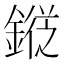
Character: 𨪯